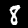
Digit: 8